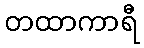
တထာကာရီ